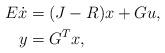
LaTeX: \begin{align*} E\dot x &= (J-R) x + G u, \\y &= G^T x, \end{align*}